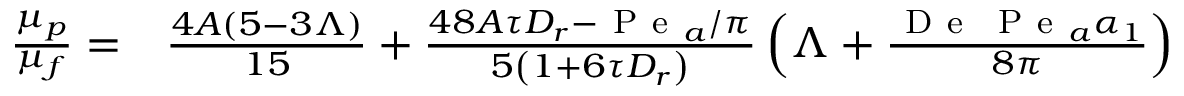
\begin{array} { r l } { \frac { \mu _ { p } } { \mu _ { f } } = } & { { } \frac { 4 A ( 5 - 3 \Lambda ) } { 1 5 } + \frac { 4 8 A \tau D _ { r } - \mathrm { ~ P ~ e ~ } _ { a } / \pi } { 5 \left( 1 + 6 \tau D _ { r } \right) } \left( \Lambda + \frac { \mathrm { ~ D ~ e ~ } \, \mathrm { ~ P ~ e ~ } _ { a } \alpha _ { 1 } } { 8 \pi } \right) } \end{array}